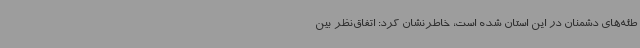
طئه‌های دشمنان در این استان شده است، خاطرنشان کرد: اتفاق‌نظر بین